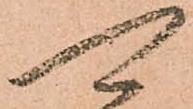
可